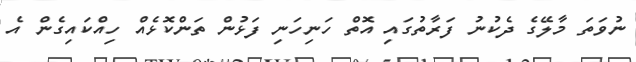
ނުވަތަ މާލޭގެ ދެކުނު ފަރާތުގައި އޮތް ހަނިހަނި ފަޅުން ތަންކޮޅެއް ހިއްކައިގެން އެ